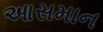
આસમાન